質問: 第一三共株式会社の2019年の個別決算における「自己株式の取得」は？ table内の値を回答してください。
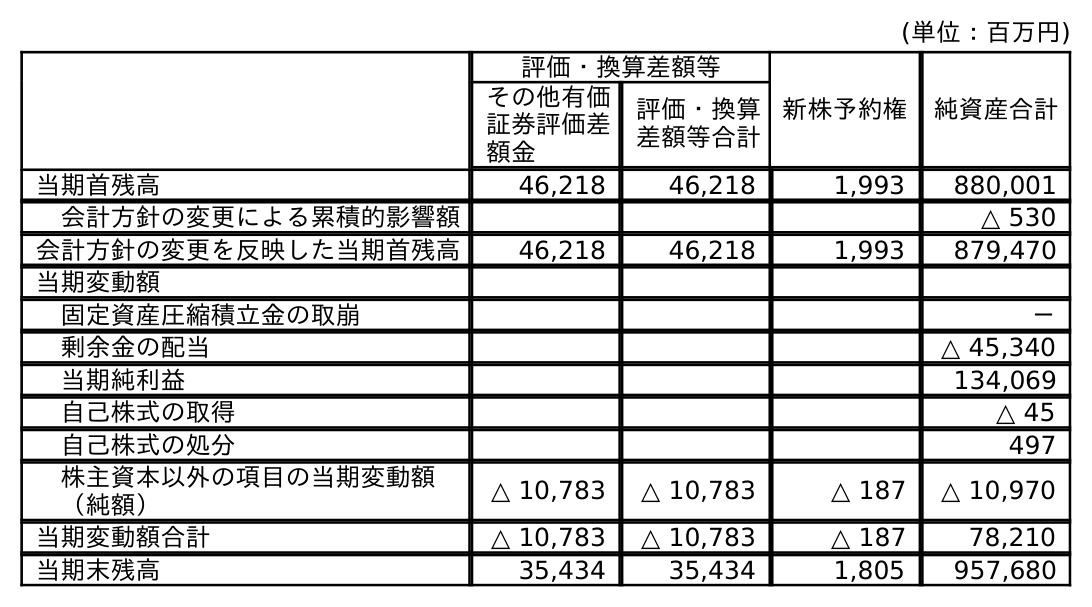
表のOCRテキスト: (単位：百万円) 評価・換算差額等 新株予約権 純資産合計 その他有価 証券評価差 額金 評価・換算 差額等合計 当期首残高 46,218 46,218 1,993 880,001 会計方針の変更による累積的影響額 △ 530 会計方針の変更を反映した当期首残高 46,218 46,218 1,993 879,470 当期変動額 固定資産圧縮積立金の取崩 － 剰余金の配当 △ 45,340 当期純利益 134,069 自己株式の取得 △ 45 自己株式の処分 497 株主資本以外の項目の当期変動額 （純額） △ 10,783 △ 10,783 △ 187 △ 10,970 当期変動額合計 △ 10,783 △ 10,783 △ 187 78,210 当期末残高 35,434 35,434 1,805 957,680
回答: △45